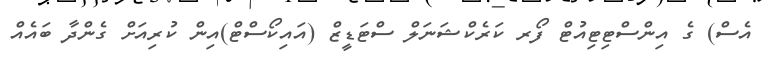
އެސް) ގެ އިންސްޓިޓިއުޓް ފޯރ ކަރެކްޝަނަލް ސްޓަޑީޒް (އައިކޯސްޓް)އިން ކުރިއަށް ގެންދާ ބައެއް